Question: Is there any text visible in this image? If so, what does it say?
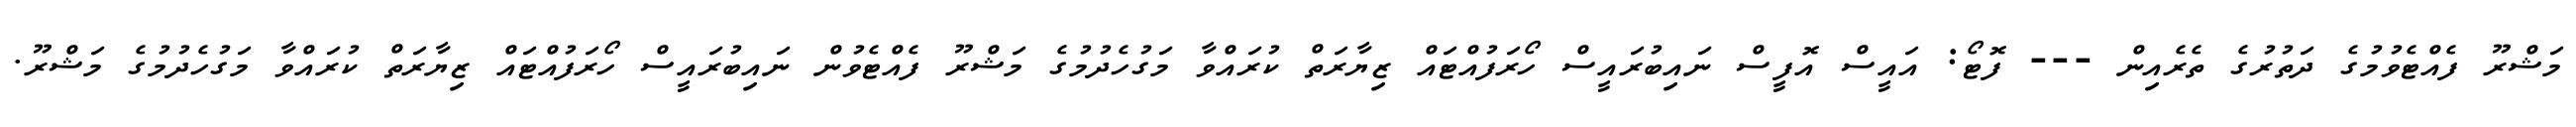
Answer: މަޝްރޫ ފެއްޓެވުމުގެ ދަތުރުގެ ތެރެއިން --- ފޮޓޯ: އައީސް އޮފީސް ނައިބުރައީސް ހޯރަފުއްޓައް ޒިޔާރަތް ކުރައްވާ މަގުހެދުމުގެ މަޝްރޫ ފެއްޓެވުން ނައިބުރައީސް ހޯރަފުއްޓައް ޒިޔާރަތް ކުރައްވާ މަގުހެދުމުގެ މަޝްރޫ.